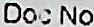
DOC NO